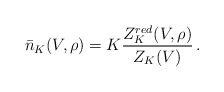
\begin{align*}\bar{n}_K(V,\rho) = K \frac{Z^{red}_K(V,\rho)}{Z_K(V)} \,.\end{align*}